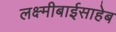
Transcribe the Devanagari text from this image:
लक्ष्मीबाईसाहेब